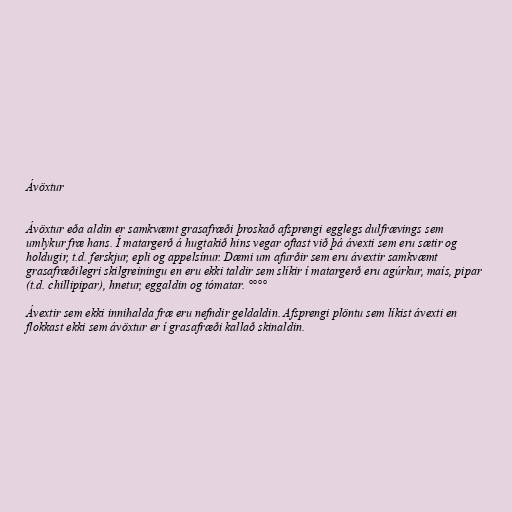
Ávöxtur

Ávöxtur eða aldin er samkvæmt grasafræði þroskað afsprengi egglegs dulfrævings sem
umlykur fræ hans. Í matargerð á hugtakið hins vegar oftast við þá ávexti sem eru sætir og
holdugir, t.d. ferskjur, epli og appelsínur. Dæmi um afurðir sem eru ávextir samkvæmt
grasafræðilegri skilgreiningu en eru ekki taldir sem slíkir í matargerð eru agúrkur, maís, pipar
(t.d. chillipipar), hnetur, eggaldin og tómatar. °°°°

Ávextir sem ekki innihalda fræ eru nefndir geldaldin. Afsprengi plöntu sem líkist ávexti en
flokkast ekki sem ávöxtur er í grasafræði kallað skinaldin.